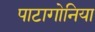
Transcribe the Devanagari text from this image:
पाटागोनिया